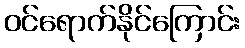
ဝင်ရောက်နိုင်ကြောင်း